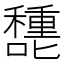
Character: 㘒